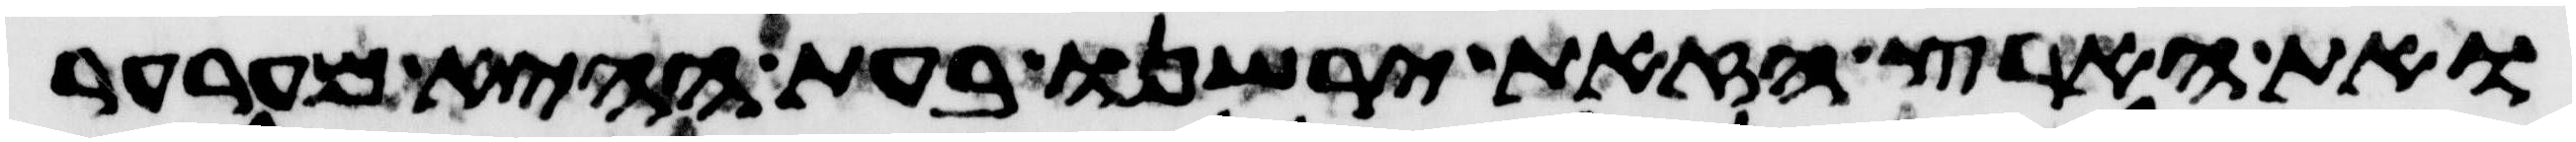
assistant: ואת הארץ הזאת ירשנו בעת ההיא מערער